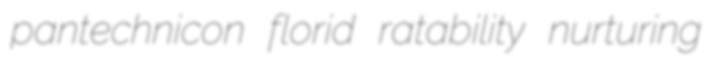
pantechnicon florid ratability nurturing